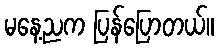
မနေ့ညက ပြန်ပြောတယ်။